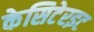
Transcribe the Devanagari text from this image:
केसिटेरइट